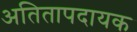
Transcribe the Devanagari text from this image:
अतितापदायक